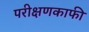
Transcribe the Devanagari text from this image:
परीक्षणकाफी